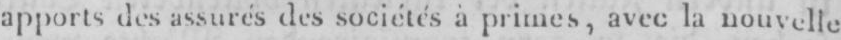
apports des assurés des sociétés à primes, avec la nouvelle